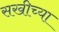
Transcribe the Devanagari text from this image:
सखीच्या